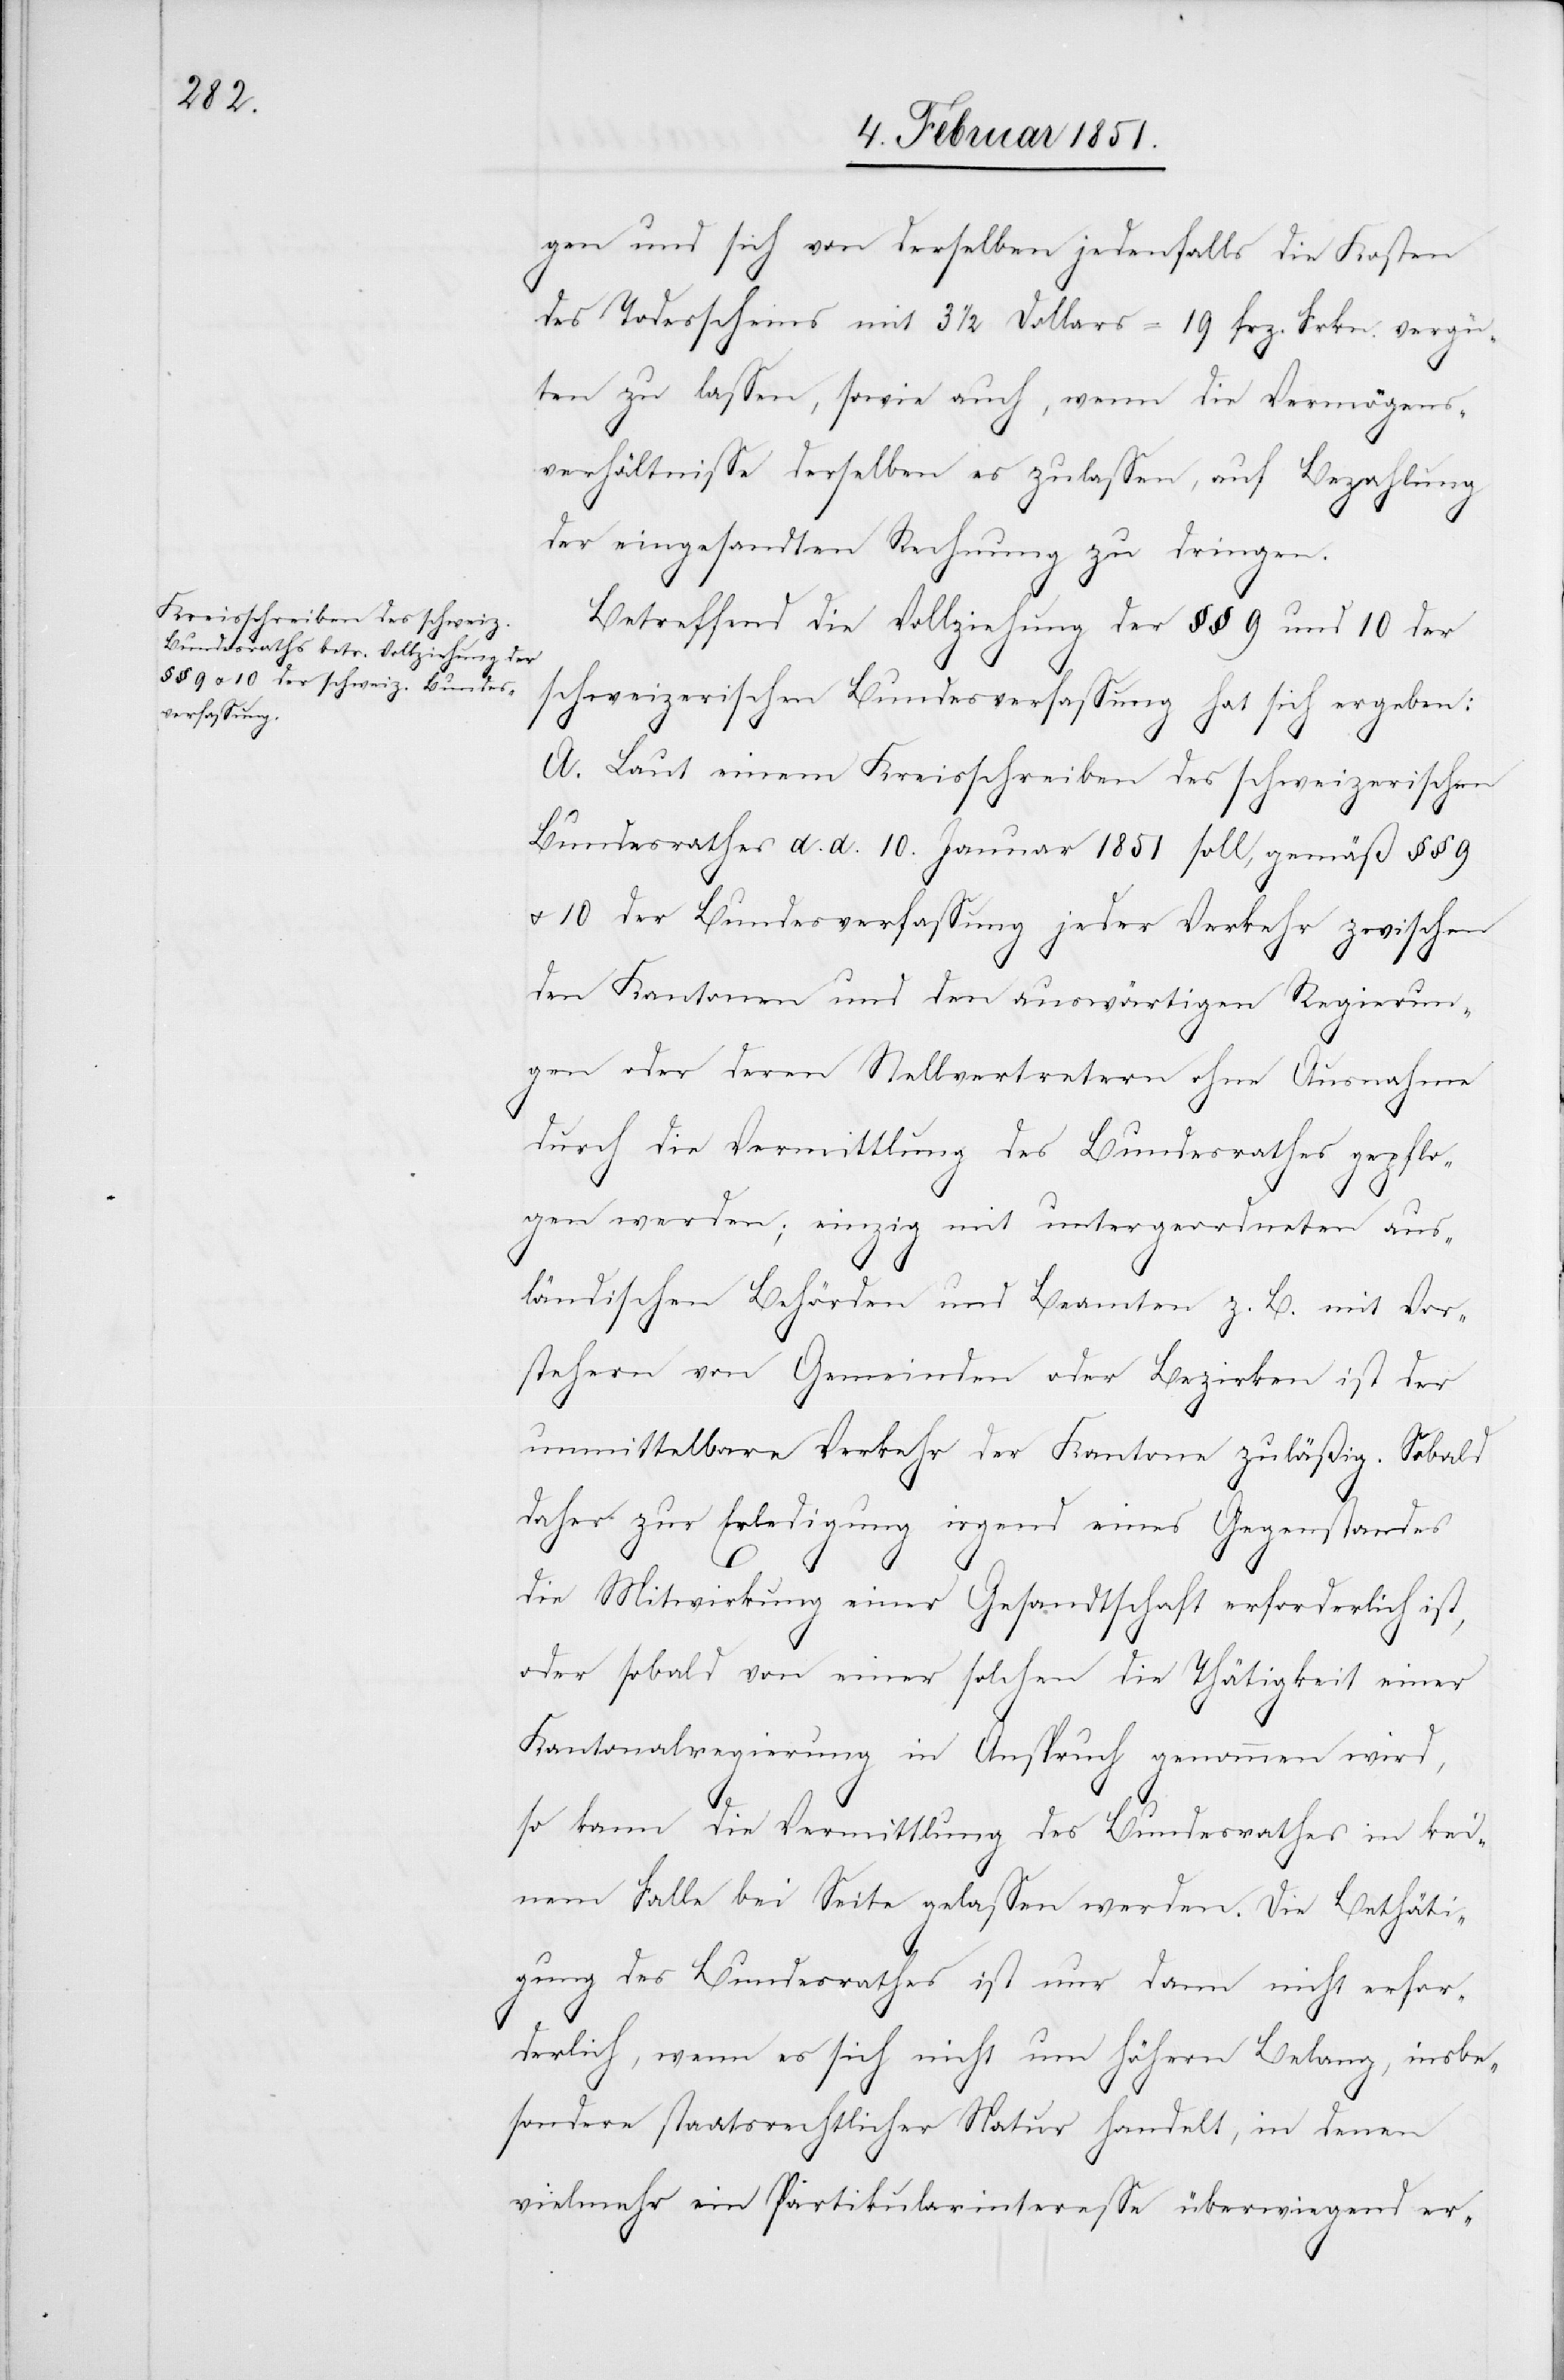
gen und sich von derselben jedenfalls die Kosten
des Todesscheins mit 3 1/2 Dollars = 19 frz. Frkn. vergü¬
ten zu lassen, sowie auch, wenn die Vermögens¬
verhältnisse derselben es zulassen, auf Bezahlung
der eingesandten Rechnung zu dringen.
Betreffend die Vollziehung der §§ 9 und 10 der
schweizerischen Bundesverfassung hat sich ergeben:
A. Laut einem Kreisschreiben des schweizerischen
Bundesrathes d. d. 10. Januar 1851 soll, gemäß §§ 9
u. 10 der Bundesverfassung jeder Verkehr zwischen
den Kantonen und den auswärtigen Regierun¬
gen oder deren Stellvertretern ohne Ausnahme
durch die Vermittlung des Bundesrathes gepflo¬
gen werden; einzig mit untergeordneten aus¬
ländischen Behörden und Beamten z. B. mit Vor¬
stehern von Gemeinden oder Bezirken ist der
unmittelbare Verkehr der Kantone zuläßig. Sobald
daher zur Erledigung irgend eines Gegenstandes
die Mitwirkung einer Gesandtschaft erforderlich ist,
oder sobald von einer solchen die Tätigkeit einer
Kantonalregierung in Anspruch genommen wird,
so kann die Vermittlung des Bundesrathes in kei¬
nem Falle bei Seite gelassen werden. Die Bethäti¬
gung des Bundesrathes ist nur dann nicht erfor¬
derlich, wenn es sich nicht um höhern Belang, insbe¬
sondere staatsrechtlicher Natur handelt, in denen
vielmehr ein Partikularinteresse überwiegend er-